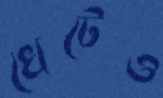
খেটেও